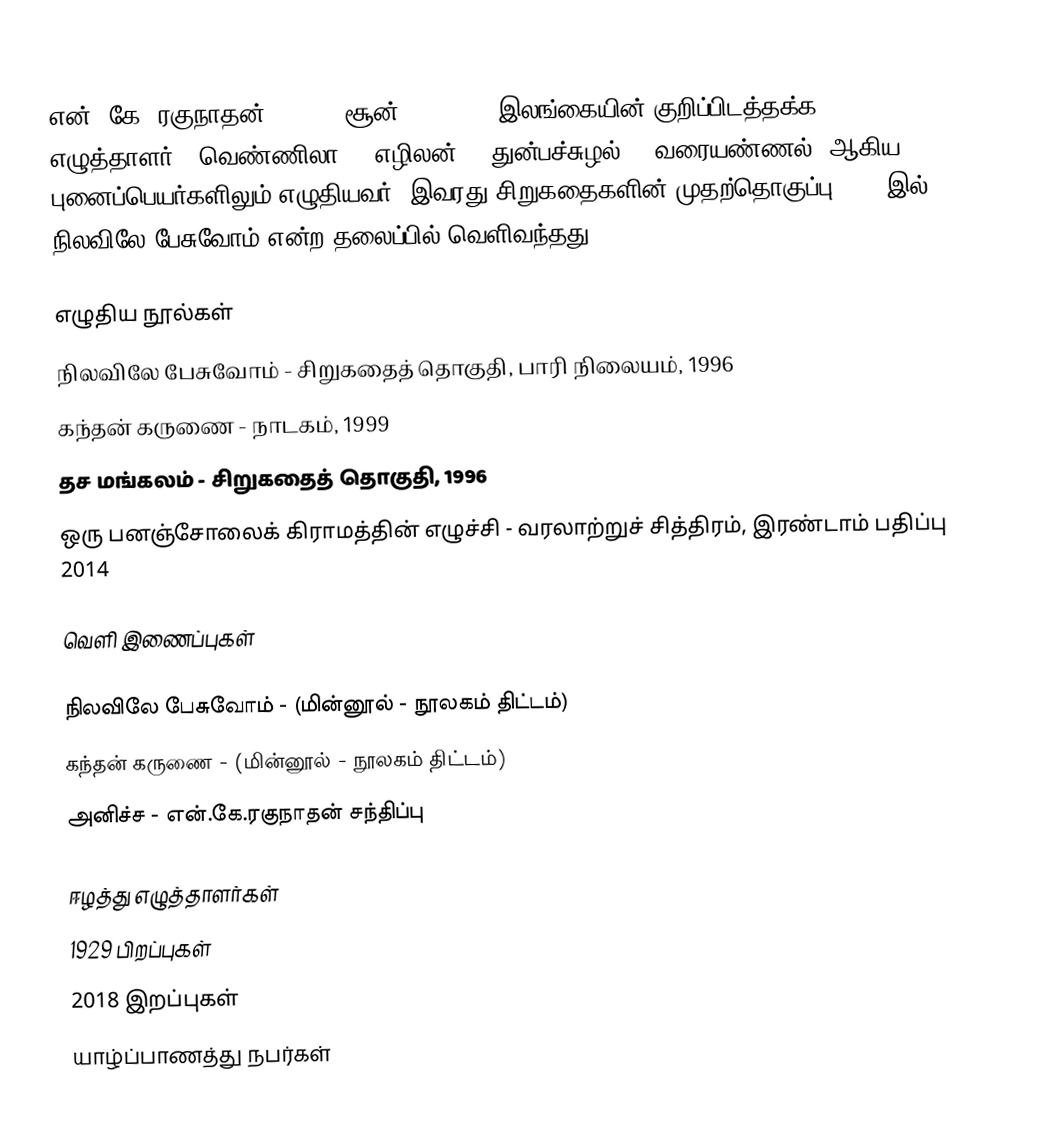
என். கே. ரகுநாதன் (1929 - சூன் 11, 2018) இலங்கையின் குறிப்பிடத்தக்க எழுத்தாளர். "வெண்ணிலா", "எழிலன்", "துன்பச்சுழல்", "வரையண்ணல்" ஆகிய புனைப்பெயர்களிலும் எழுதியவர். இவரது சிறுகதைகளின் முதற்தொகுப்பு 1962 இல் நிலவிலே பேசுவோம் என்ற தலைப்பில் வெளிவந்தது.

எழுதிய நூல்கள்
 நிலவிலே பேசுவோம் - சிறுகதைத் தொகுதி, பாரி நிலையம், 1996
 கந்தன் கருணை - நாடகம், 1999
 தச மங்கலம் - சிறுகதைத் தொகுதி, 1996
 ஒரு பனஞ்சோலைக் கிராமத்தின் எழுச்சி - வரலாற்றுச் சித்திரம், இரண்டாம் பதிப்பு 2014

வெளி இணைப்புகள்

 நிலவிலே பேசுவோம் - (மின்னூல் - நூலகம் திட்டம்)
  கந்தன் கருணை    - (மின்னூல் - நூலகம் திட்டம்)
  அனிச்ச - என்.கே.ரகுநாதன் சந்திப்பு

ஈழத்து எழுத்தாளர்கள்
1929 பிறப்புகள்
2018 இறப்புகள்
யாழ்ப்பாணத்து நபர்கள்